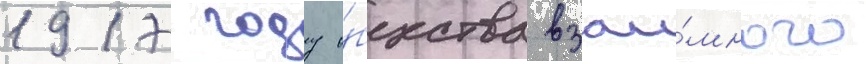
1917 году о́бщества взаи́много